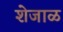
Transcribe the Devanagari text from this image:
शेजाळ